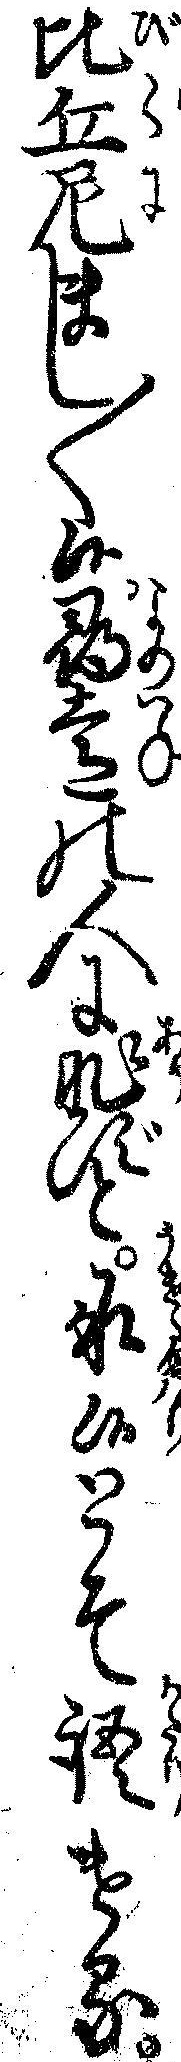
比丘尼まし〱候尋常の人に非ずと承候とそ語ける